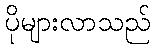
ပိုများလာသည်